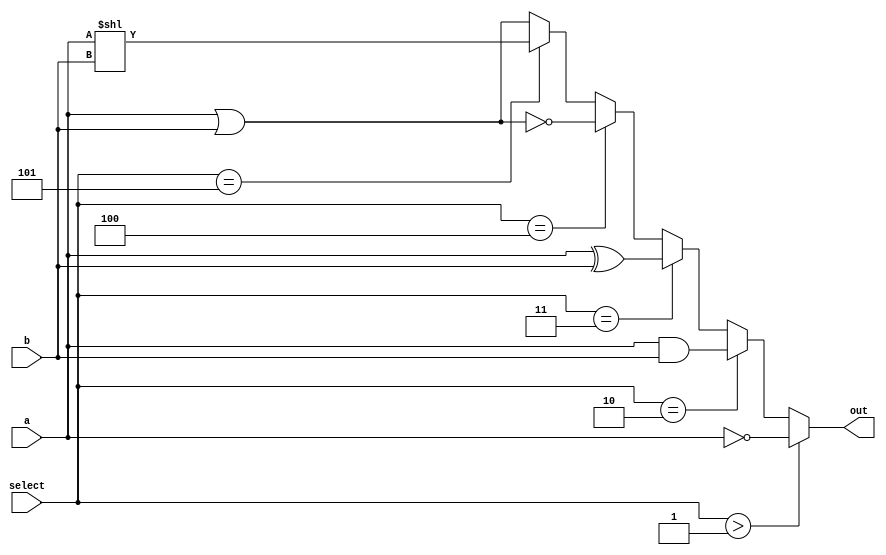
module LogicalUnit(input [15:0]a, input [15:0]b, input [2:0]select, output [15:0] out);
	
	assign out = select > 1 ? ~a : {select == 2 ? a&b : {select == 3 ? a^b : {select == 4 ? ~(a | b) :{ select==5?a << b:a|b}}}};

endmodule